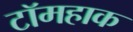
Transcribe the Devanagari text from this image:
टॉमहाक